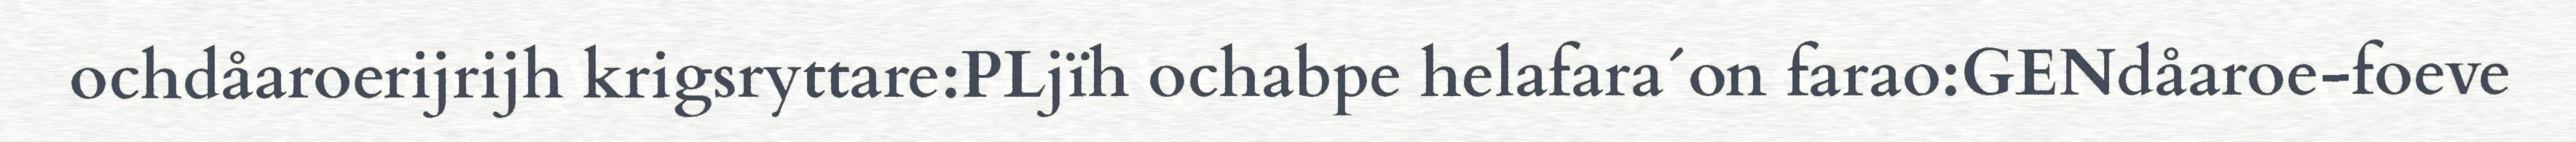
ochdåaroerijrijh krigsryttare:PLjïh ochabpe helafara´on farao:GENdåaroe-foeve